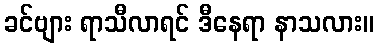
ခင်ဗျား ရာသီလာရင် ဒီနေရာ နာသလား။